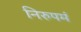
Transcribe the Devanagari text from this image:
निरुपमं